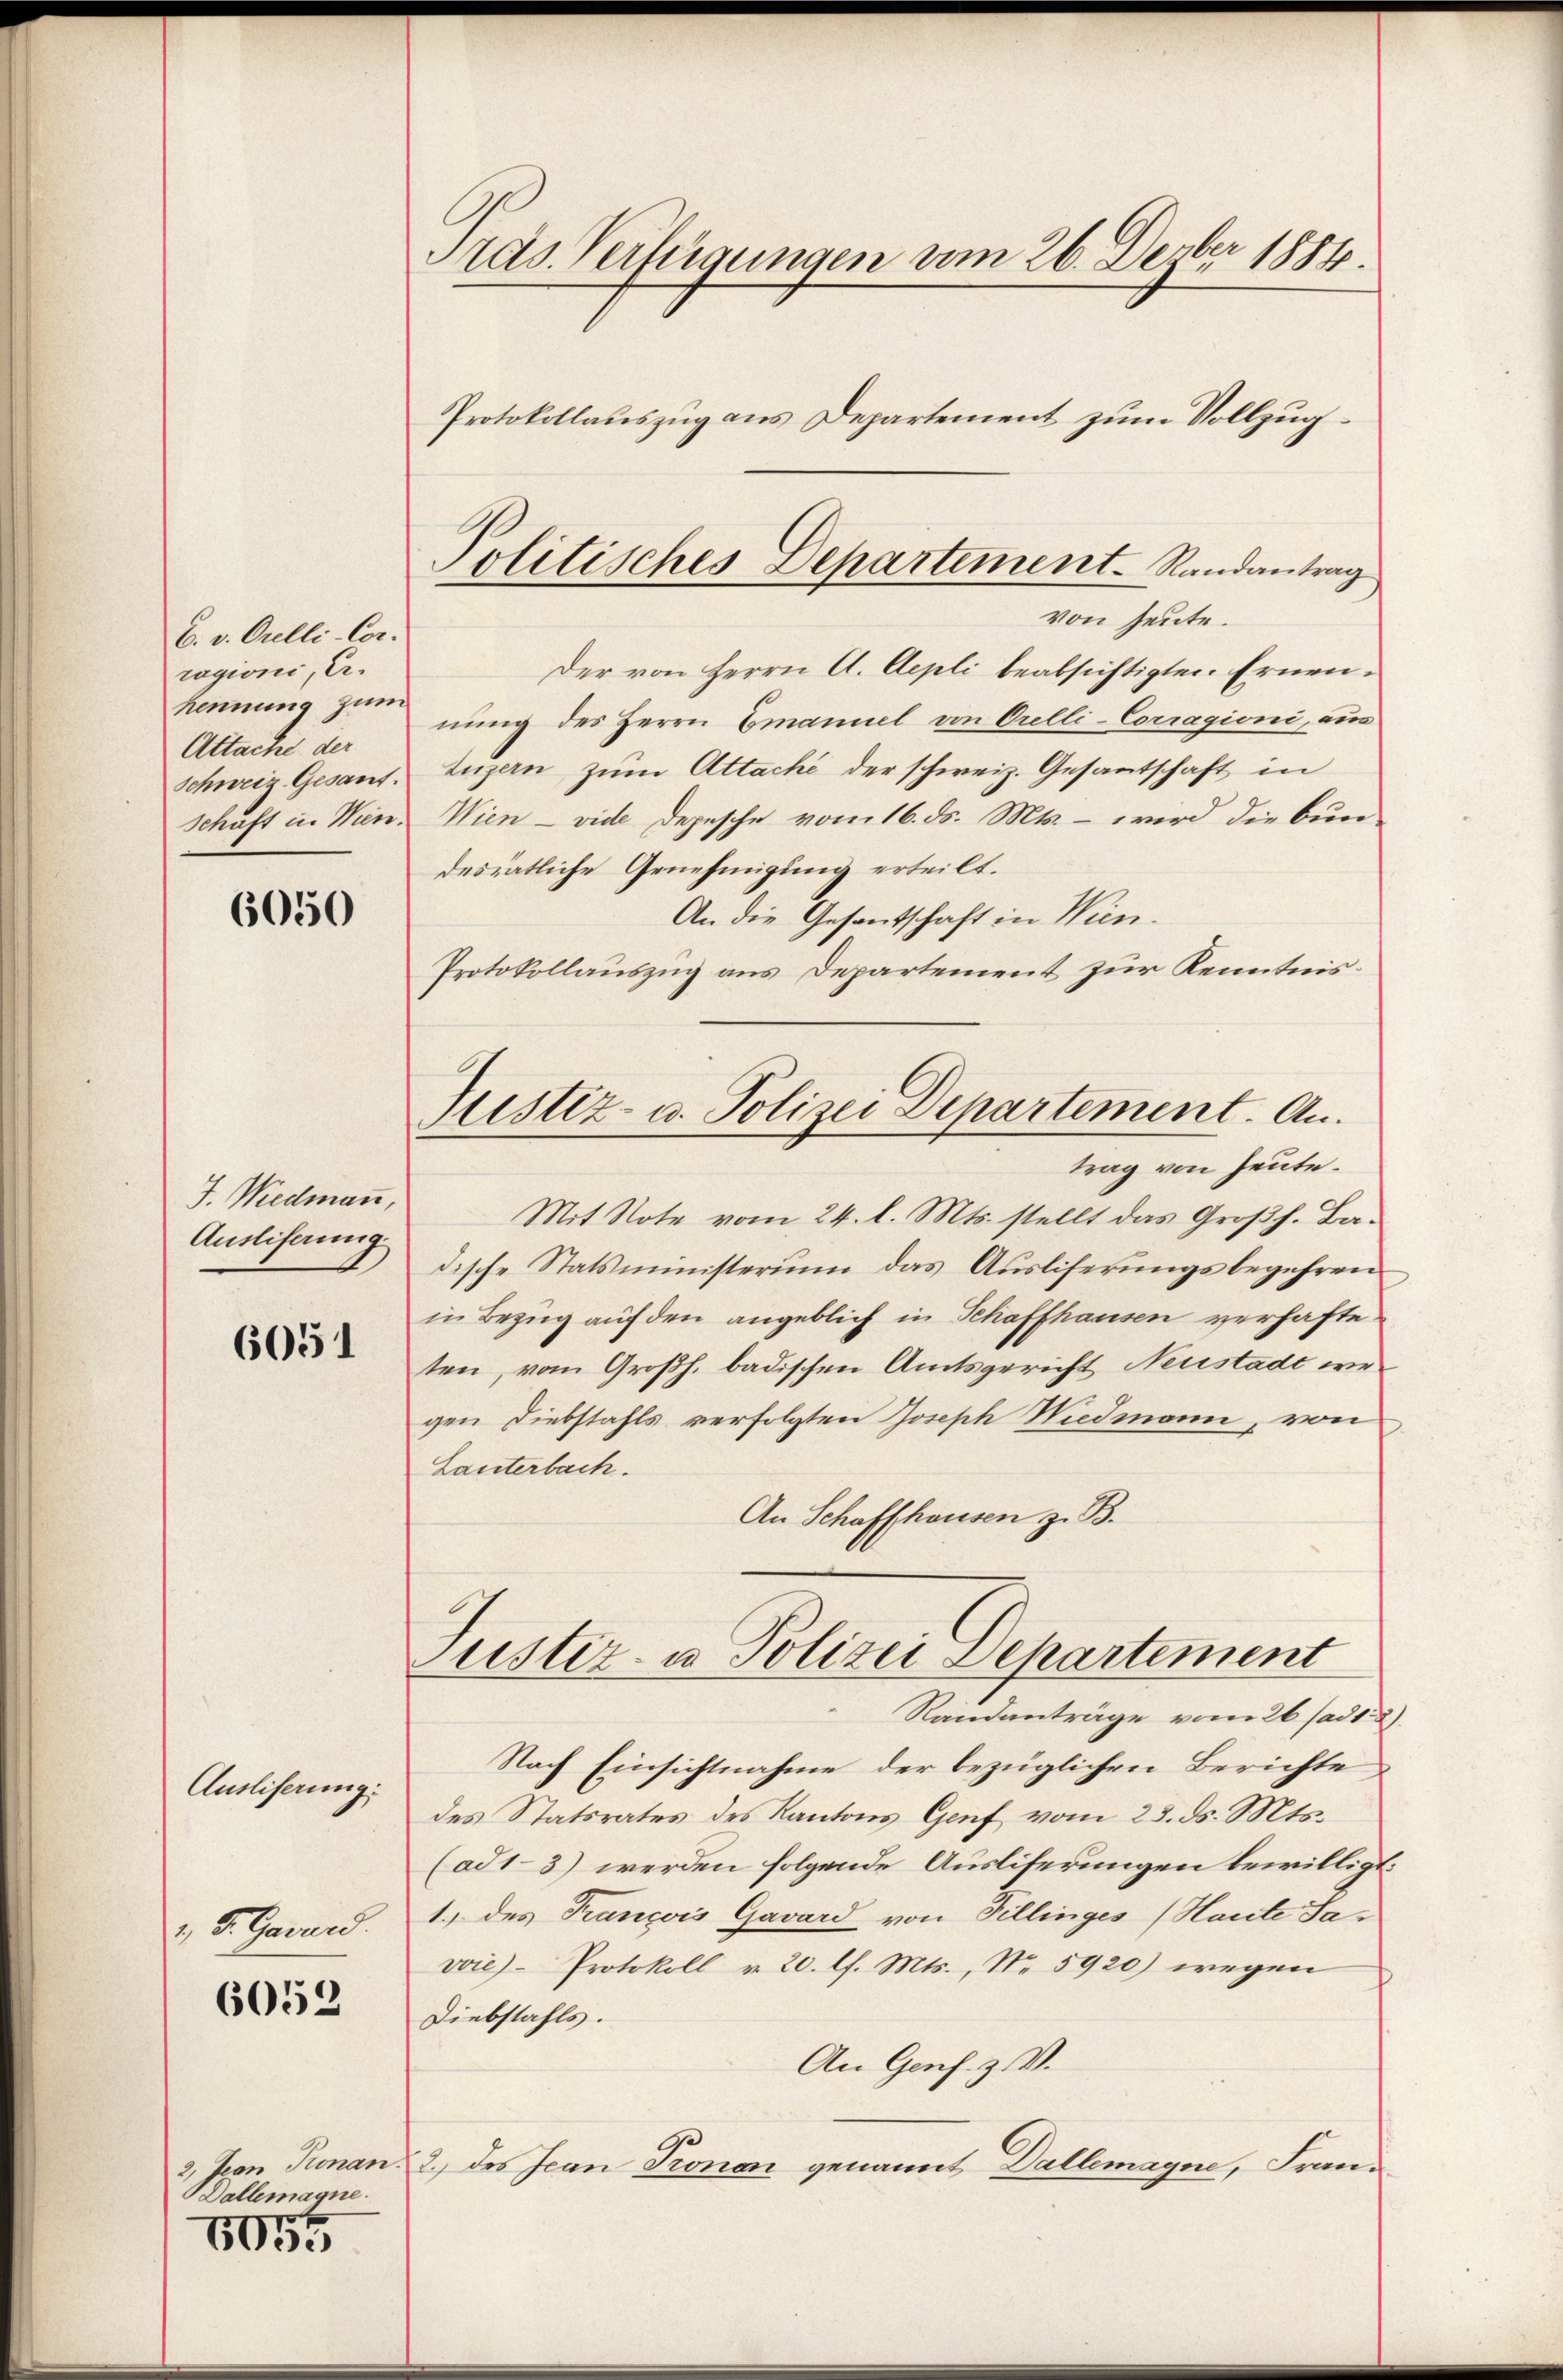
6. v. Orelli-Cor.
ragioni, Er.
hennung zum
Attache der

6050

J. Wiedmann,
Ausliferung.

6051

Ausliserung:
1, S. Garand.

6052

Dallemagne.

6055

Tras Verfügungen vom 26. Dezber 1884.
Protokollauszug aus Departement zum Vollzug¬

Politisches Departement-Randantrag
von heute.

Justiz- u. Polizei Departement. An
trag von heute.

Der von Herrn A. Aepli beabsichtigten Ernennung des Herrn Emanuel von Orelli-Corragioni, ein
Schweiz. Gesant. Luzern zŭm Attaché der schweiz. Gesantschaft in
schäft in Wien. Wien - vide Depesche vom 16. ds. Mts. – wird die bur-
desrätliche Genehmigung erteilt.
An die Gesantschaft in Wien.
Protokollauszug aus Departement zur Kenntnis¬
Mit Note vom 24. l. Mts. stellt das Großh. Badische Statsministerium das Ausliferungsbegehren
in Bezug auf den angeblich in Schaffhausen verhafteten, vom Großh. badischen Amtsgericht Neustade wegen Diebstahls verfolgten Joseph Wiedmann, von
Lanterbach.
An Schaffhausen z. B.
Justiz- u. Polizei Departement
Randanträge vom 26 sadt
Nach Einsichtnahme der bezüglichen Berichte
des Statsrates des Kantons Genf vom 23. ds. Mts.
(ad1-3) werden folgende Ausliferungen bewillige
1.) des François Gavard von Tillinges (Haute Javoie Protokoll v. 20. l. Mts., Nr. 5920) wegen
Diebstahls.
An Genf. Z. V.
3, von Pronan 2 des Jean Pronen genannt Dallemagne, Fran-